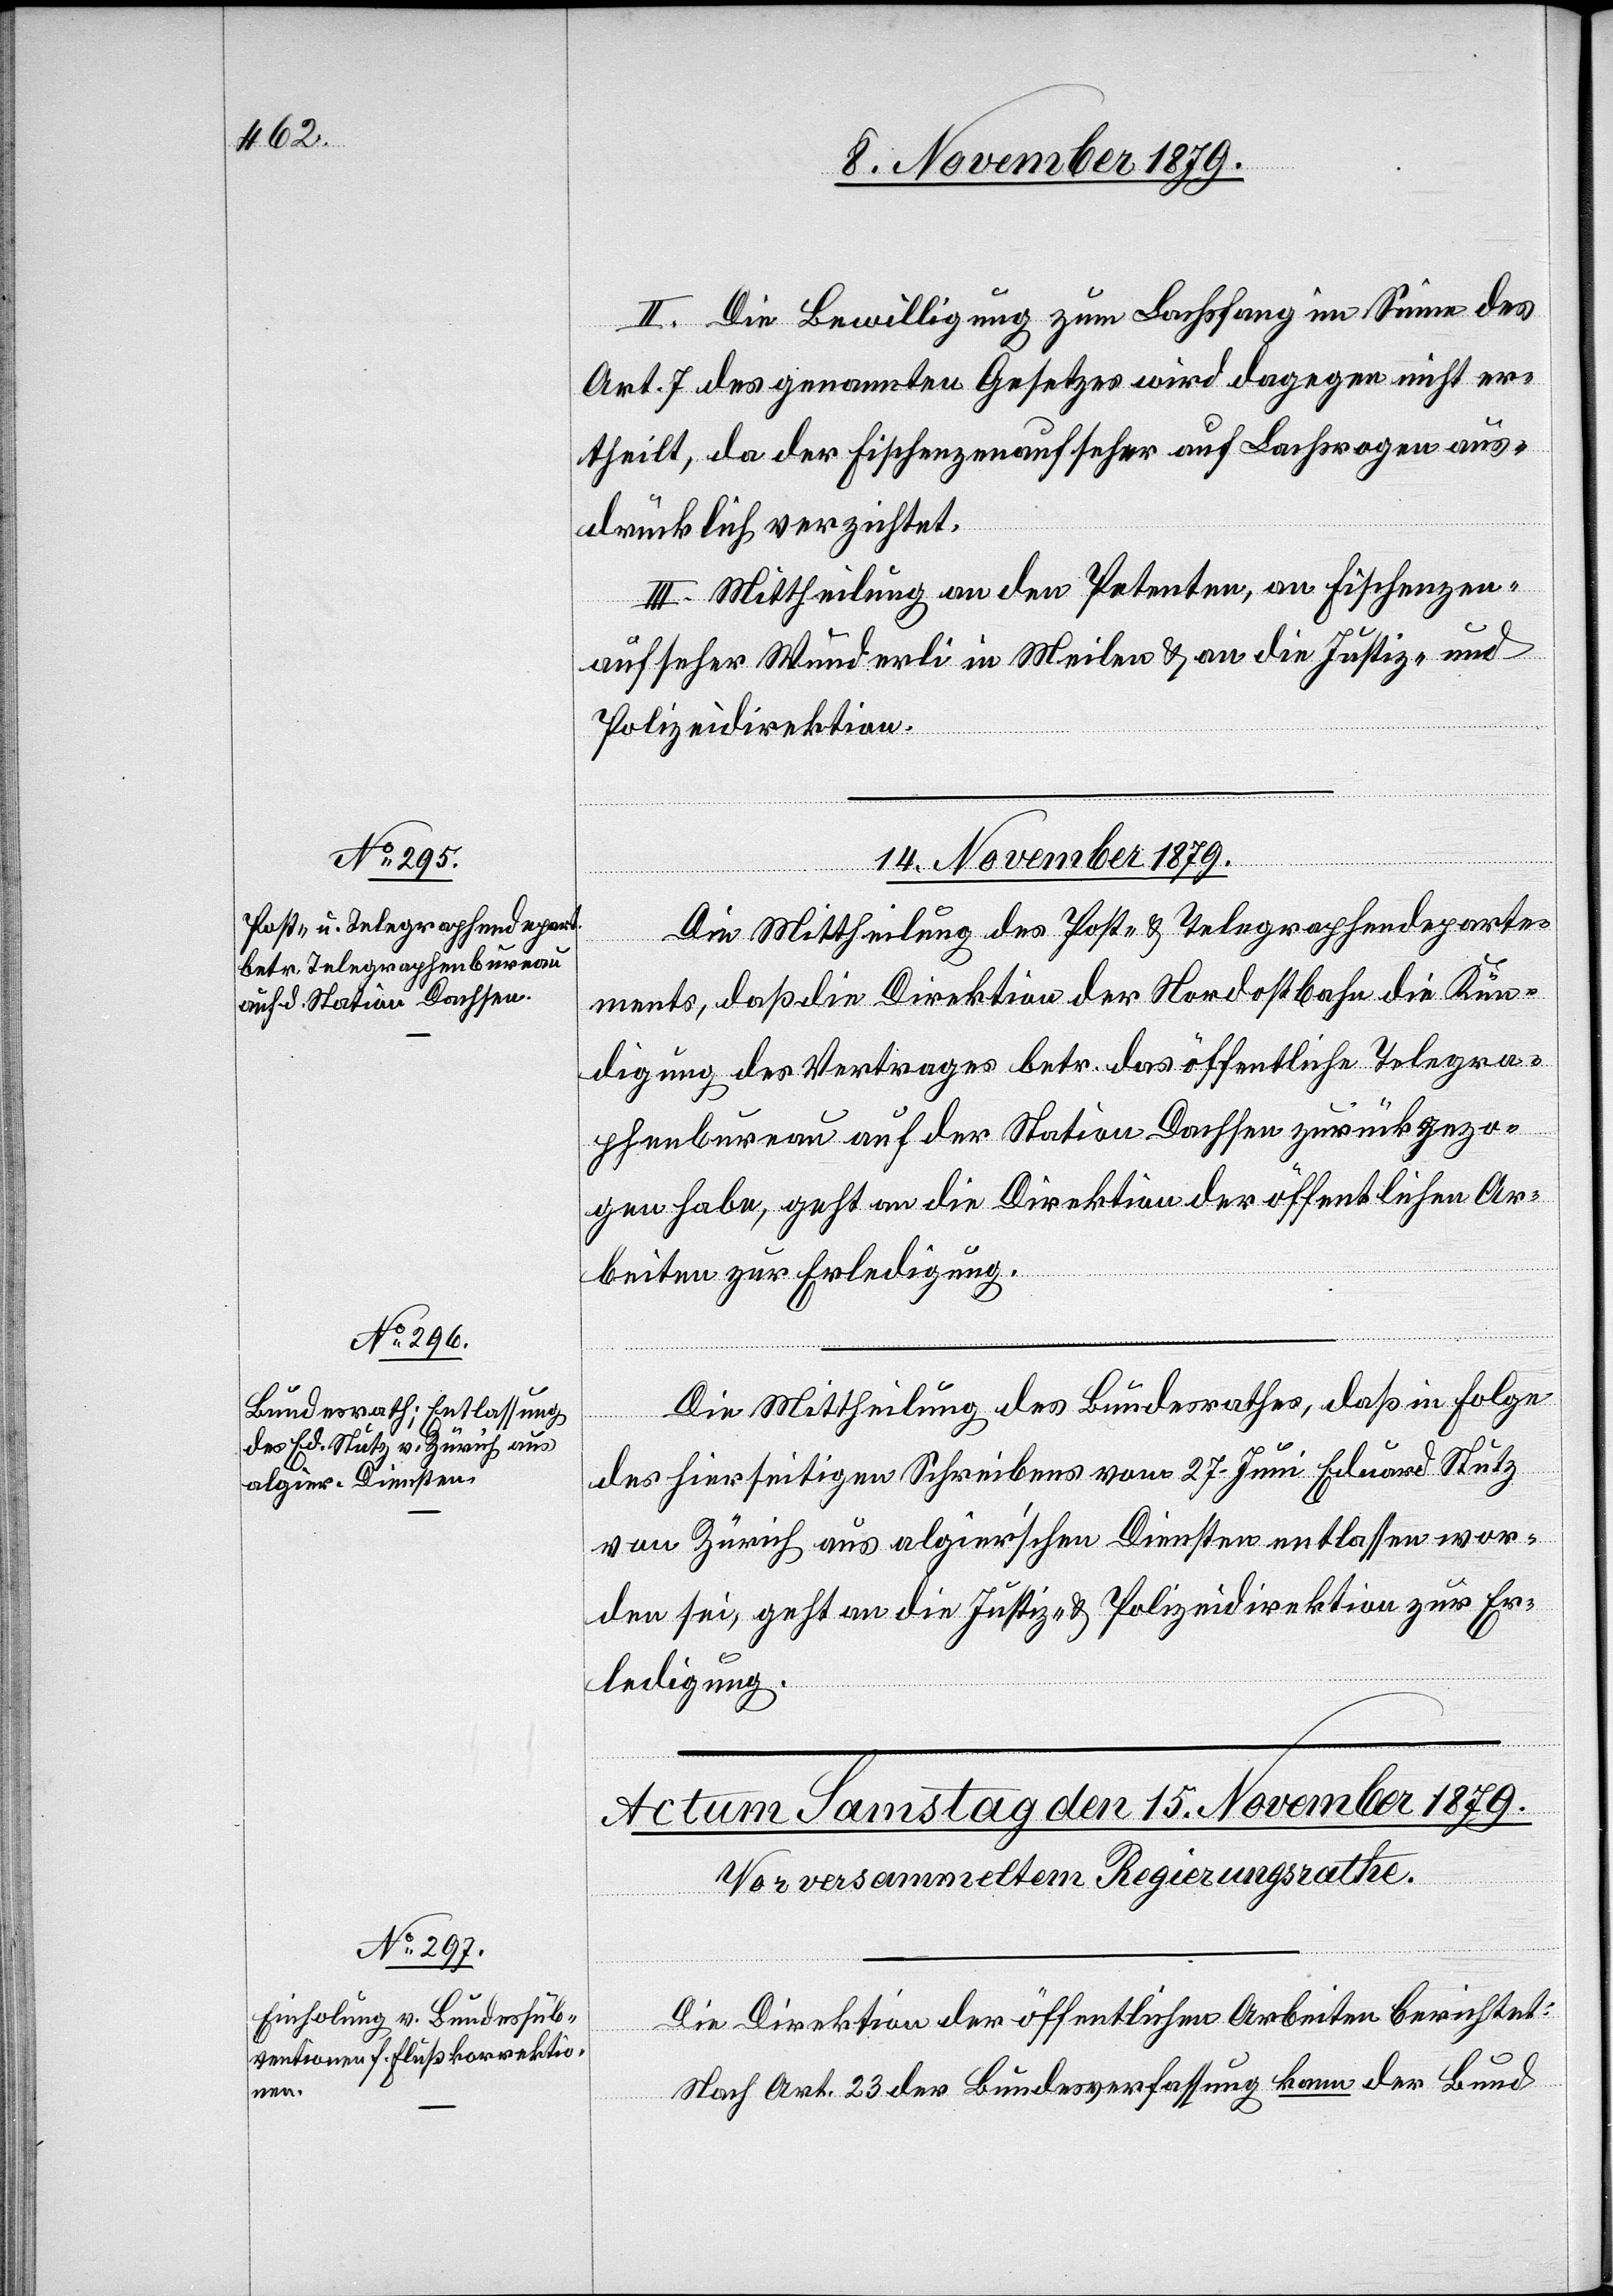
II. Die Bewilligung zum Lachsfang im Sinne des
Art. 7 des genannten Gesetzes wird dagegen nicht er¬
theilt, da der Fischenzenaufseher auf Lachsrogen aus¬
drücklich verzichtet.
III. Mittheilung an den Petenten, an Fischenzen¬
aufseher Wunderli in Meilen & an die Justiz- und
Polizeidirektion.
14. November 1879.]
Die Mittheilung des Post- & Telegraphendeparte¬
ments, daß die Direktion der Nordostbahn die Kün¬
digung des Vertrages betr. das öffentliche Telegra¬
phenbureau auf der Station Dachsen zurückgezo¬
gen habe, geht an die Direktion der öffentlichen Ar¬
beiten zur Erledigung.
Die Mittheilung des Bundesrathes, daß in Folge
des hierseitigen Schreibens vom 27. Juni Eduard Stutz
von Zürich aus algier’schen Diensten entlassen wor¬
den sei, geht an die Justiz- & Polizeidirektion zur Er¬
ledigung.
Die Direktion der öffentlichen Arbeiten berichtet:
Nach Art. 23 der Bundesverfassung kann der Bund